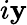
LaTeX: i\mathbf{y}